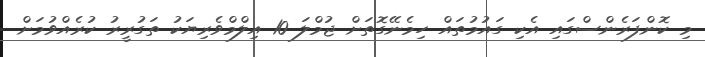
މި ކޮންފަރެންސްގައި އެކި ގައުމުތައް ހިމެނޭގޮތަށް ޖުމްލަ 10 އިލްމްވެރިޔަކު ތަގުރީރު ކުރެއްވުމަށް